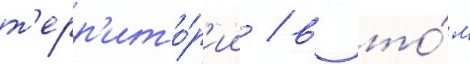
т'ерр'ито́р'ии / в то́м